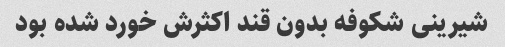
شیرینی شکوفه بدون قند اکثرش خورد شده بود